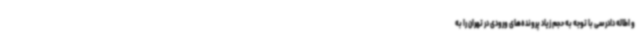
و اطاله دادرسی با توجه به حجم زیاد پرونده‌های ورودی در تهران را به